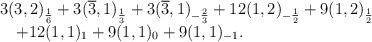
LaTeX: \begin{align*}\begin{array}{l}3(3,2)_{\frac{1}{6}}+3(\overline{3},1)_{\frac{1}{3}}+3(\overline{3},1)_{-\frac{2}{3}}+12(1,2)_{-\frac{1}{2}}+9(1,2)_{\frac{1}{2}}\\\ \ \ +12(1,1)_1+9(1,1)_0+9(1,1)_{-1}.\end{array}\end{align*}